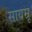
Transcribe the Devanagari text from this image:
सायम्रू